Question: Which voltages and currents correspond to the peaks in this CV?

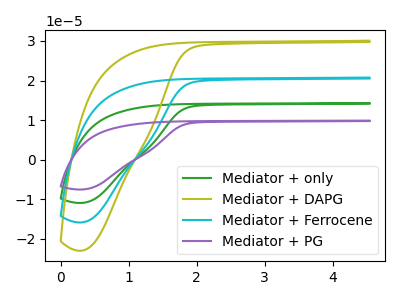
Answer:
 <answer>The green curve "Mediator + only" has no peaks. The olive curve "Mediator + DAPG" has no peaks. The cyan curve "Mediator + Ferrocene" has no peaks. The purple curve "Mediator + PG" has no peaks.</answer>
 <eval></eval>